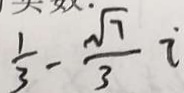
\frac { 1 } { 3 } - \frac { \sqrt { 7 } } { 3 } i